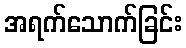
အရက်သောက်ခြင်း